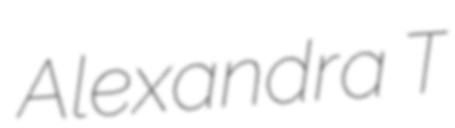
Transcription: Alexandra T